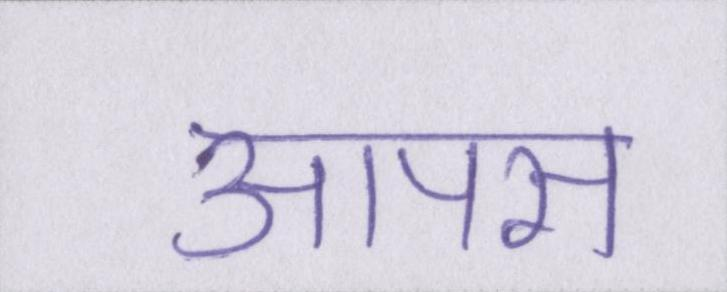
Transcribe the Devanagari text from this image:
आपस